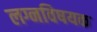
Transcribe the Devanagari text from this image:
लग्नविषयक